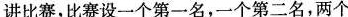
讲比赛，比赛设一个第一名，一个第二名，两个